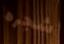
شجره